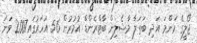
ޖޯލީގެ މަންމަ އަދި ބަތަލާ މާޝެލިން ބާޓްރެންޑް އުމުރުން 56 އަހަރުގައި2007 ވަނަ